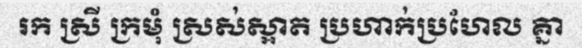
រក ស្រី ក្រមុំ ស្រស់ស្អាត ប្រហាក់ប្រហែល គ្នា